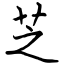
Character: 芝